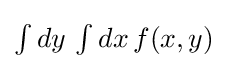
{\textstyle \int dy\,\int dx\,f(x,y)}